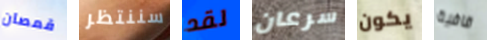
قمصان سننتظر لقد سرعان يكون قافية